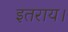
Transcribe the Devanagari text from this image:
इतराय।